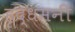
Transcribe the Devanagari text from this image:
हृद्‌धमनी